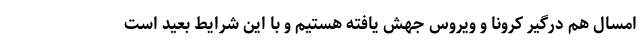
امسال هم درگیر کرونا و ویروس جهش یافته هستیم و با این شرایط بعید است